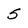
Character: 5